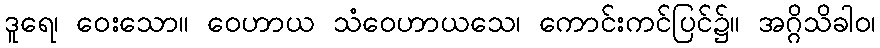
ဒူရေ၊ ဝေးသော။ ဝေဟာယ သံဝေဟာယသေ၊ ကောင်းကင်ပြင်၌။ အဂ္ဂိသိခါဝ၊